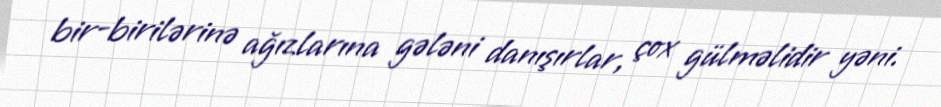
bir-birilərinə ağızlarına gələni danışırlar, çox gülməlidir yəni.